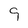
Character: 9